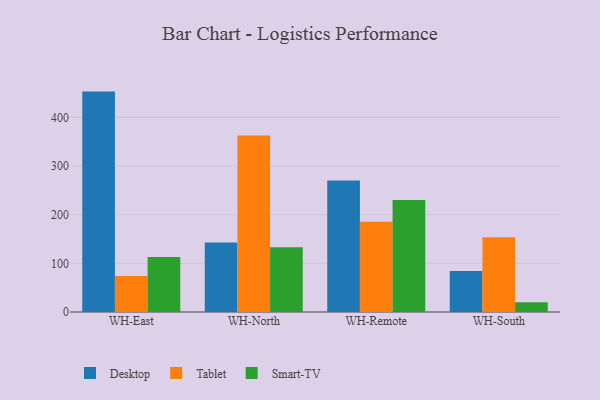
{"axis": {"x": "Warehouse", "y": "Website Visitors"}, "legend": ["Desktop", "Smart-TV", "Tablet"], "data": [{"x": "WH-East", "y": 452.9, "type": "Desktop"}, {"x": "WH-East", "y": 73.8, "type": "Tablet"}, {"x": "WH-East", "y": 113.2, "type": "Smart-TV"}, {"x": "WH-North", "y": 142.8, "type": "Desktop"}, {"x": "WH-North", "y": 362.8, "type": "Tablet"}, {"x": "WH-North", "y": 133.0, "type": "Smart-TV"}, {"x": "WH-Remote", "y": 270.0, "type": "Desktop"}, {"x": "WH-Remote", "y": 185.4, "type": "Tablet"}, {"x": "WH-Remote", "y": 230.2, "type": "Smart-TV"}, {"x": "WH-South", "y": 84.2, "type": "Desktop"}, {"x": "WH-South", "y": 153.6, "type": "Tablet"}, {"x": "WH-South", "y": 20.1, "type": "Smart-TV"}]}